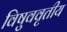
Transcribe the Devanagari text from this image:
विषुववृतीय